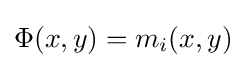
{\textstyle \Phi (x,y)=m_{i}(x,y)}